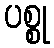
ပစ္စု